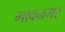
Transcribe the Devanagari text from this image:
मावनगर